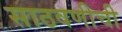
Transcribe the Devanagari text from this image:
साठवणीची